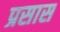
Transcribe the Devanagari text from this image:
प्रसास